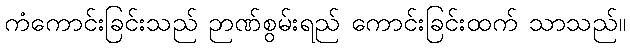
ကံကောင်းခြင်းသည် ဉာဏ်စွမ်းရည် ကောင်းခြင်းထက် သာသည်။